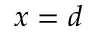
x = d